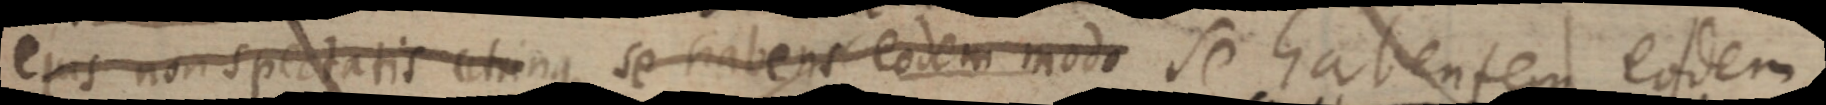
ejus non spectatis trinque se habens eodem modo Se habentem eodem